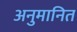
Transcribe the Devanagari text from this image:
अनुमानित